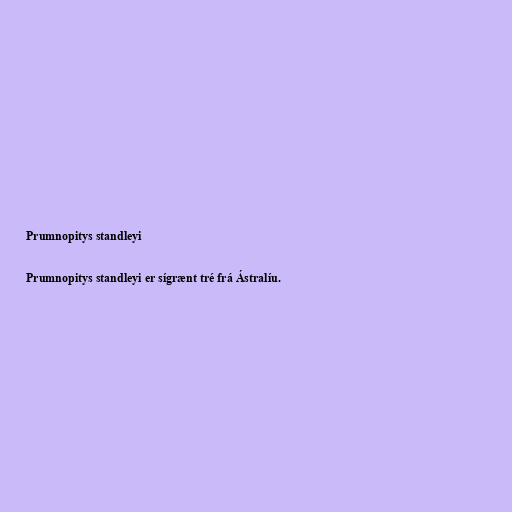
Prumnopitys standleyi

Prumnopitys standleyi er sígrænt tré frá Ástralíu.